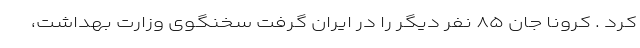
کرد . کرونا جان ۸۵ نفر دیگر را در ایران گرفت سخنگوی وزارت بهداشت،